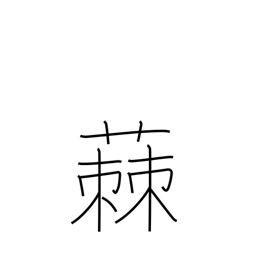
Meaning: milwort